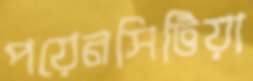
পয়েনসিটিয়া